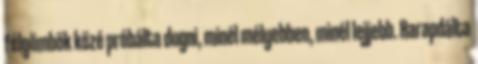
félgömbök közé próbálta dugni, minél mélyebben, minél lejjebb. Harapdálta